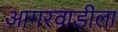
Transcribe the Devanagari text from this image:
आगरवाडीला